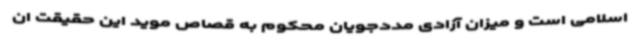
اسلامی است و میزان آزادی مددجویان محکوم به قصاص موید این حقیقت ان